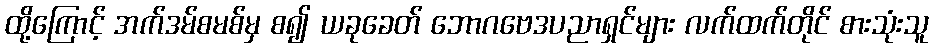
ထို့ကြောင့် အက်ဒမ်စမစ်မှ စ၍ ယခုခေတ် ဘောဂဗေဒပညာရှင်များ လက်ထက်တိုင် စားသုံးသူ